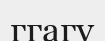
ггагу